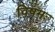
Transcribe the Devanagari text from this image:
विषमः